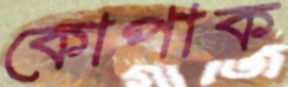
কোপাক